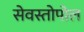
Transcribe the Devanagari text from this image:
सेवस्तोपोल